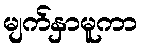
မျက်နှာမူကာ